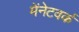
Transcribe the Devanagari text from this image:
मेंनेटवर्क